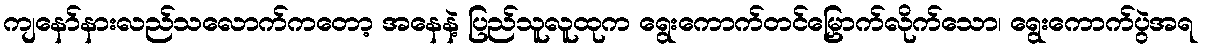
ကျနော်နားလည်သလောက်ကတော့ အနေနဲ့ ပြည်သူလူထုက ရွေးကောက်တင်မြှောက်လိုက်သော၊ ရွေးကောက်ပွဲအရ